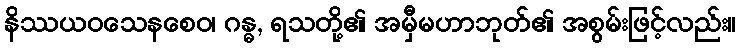
နိဿယဝသေနစေဝ၊ ဂန္ဓ, ရသတို့၏ အမှီမဟာဘုတ်၏ အစွမ်းဖြင့်လည်း။